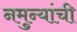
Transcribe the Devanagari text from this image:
नमुन्यांची